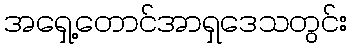
အရှေ့တောင်အာရှဒေသတွင်း